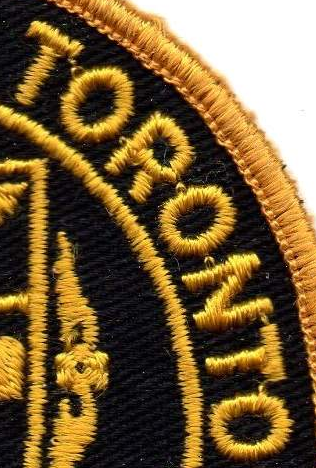
TORONTO